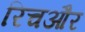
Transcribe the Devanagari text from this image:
रिचऔर